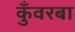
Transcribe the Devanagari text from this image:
कुँवरबा